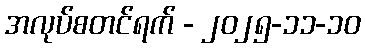
အလုပ်စတင်ရက် - ၂၀၂၅-၁၁-၁၀